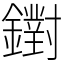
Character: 鑆